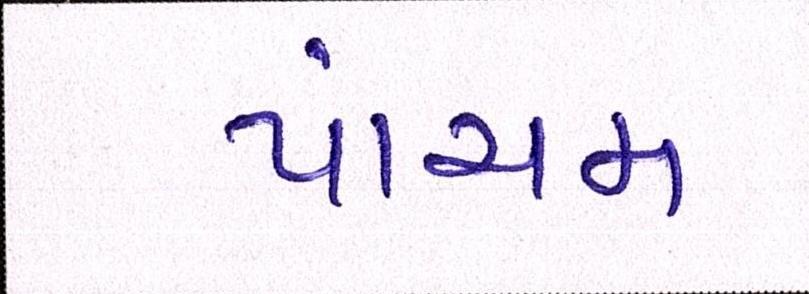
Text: પાંચમ